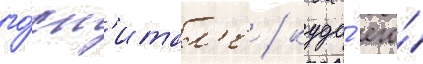
го́сп'итал'е / куда́ его́